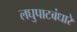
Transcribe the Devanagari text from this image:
लघुपाटबंधारे